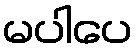
မပါပေ